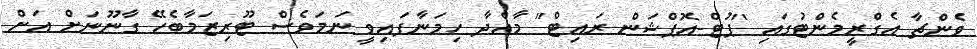
ވެންޗާ އެގްރީމެންޓުގައި "ޕުޓް-އޮޕްޝަން ރައިޓް" މާއްދާ ހިމަނާފައިވީ ނަމަވެސް ޓޫރިޒަމާބެހޭ ގާނޫނަށް އަށް